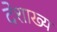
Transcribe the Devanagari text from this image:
देशाख्य